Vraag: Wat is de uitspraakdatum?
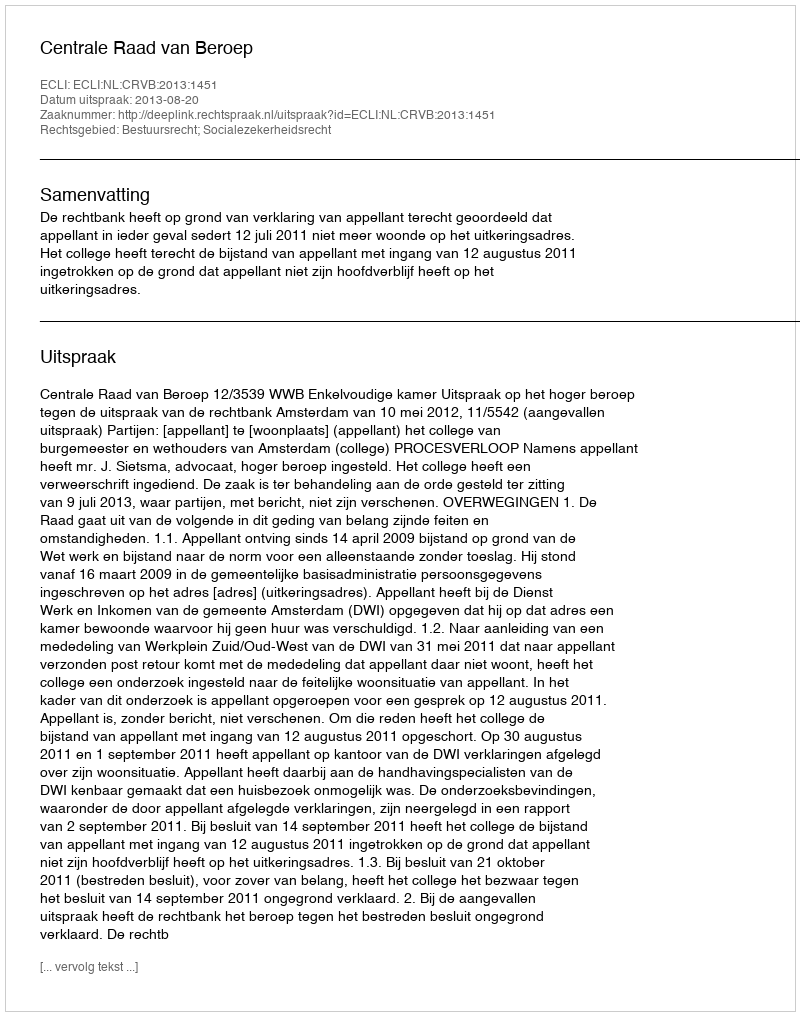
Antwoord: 2013-08-20